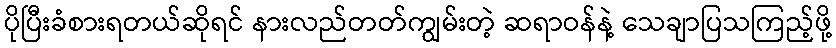
ပိုပြီးခံစားရတယ်ဆိုရင် နားလည်တတ်ကျွမ်းတဲ့ ဆရာဝန်နဲ့ သေချာပြသကြည့်ဖို့